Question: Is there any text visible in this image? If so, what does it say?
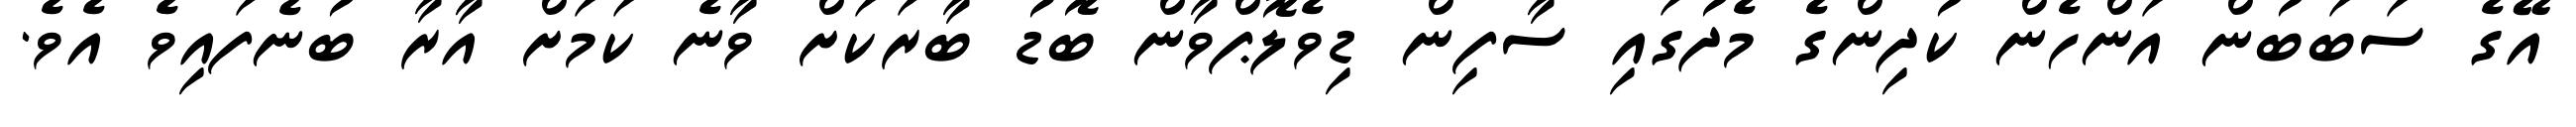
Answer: އޭގެ ސަބަބުން އަންހެން ކުދިންގެ މެދުގައި ސާފިން ޑިވެލޮޕްވާން ބޮޑު ބާރަކަށް ވާނެ ކަމަށް އާރާ ބުނެފައިވެ އެވެ.